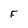
Character: F